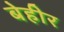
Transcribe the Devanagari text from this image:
बेहीर